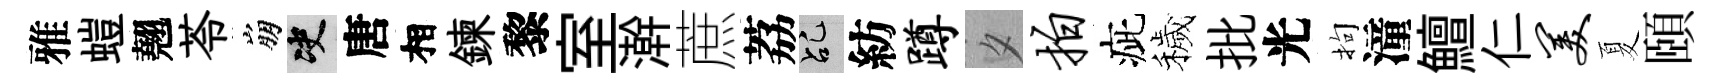
雅螘翹苓崩决唐相鍊黎室澣蔗荔乩紡蹲夕拍疵穢批光拘潼鱣仁美夏頤